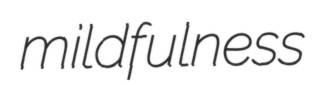
mildfulness